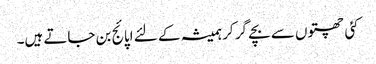
کئی چھتوں سے بچے گر کر ہمیشہ کے لئے اپائج بن جاتے ہیں۔